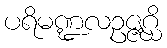
ပရိမဏ္ဍလဥဇ္ဇဂ္ဃိ